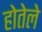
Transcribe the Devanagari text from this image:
होतेले